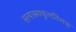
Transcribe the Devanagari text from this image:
सत्याश्रयकुलतिलक